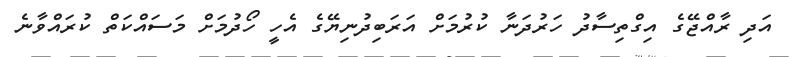
އަދި ރާއްޖޭގެ އިގްތިސާދު ހަރުދަނާ ކުރުމަށް އަރަބިދުނިޔޭގެ އެހީ ހޯދުމަށް މަސައްކަތް ކުރައްވާނެ